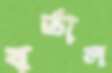
বর্তাল